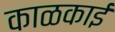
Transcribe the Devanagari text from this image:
काळकाई